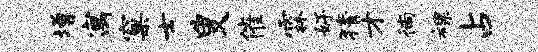
增寓窠士叟催霖好猜才徜裸占